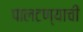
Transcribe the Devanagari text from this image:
पालटण्याची